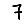
Digit: 7